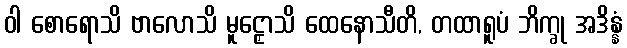
ဝါ စောရောသိ ဗာလောသိ မူဠှောသိ ထေနောသီတိ, တထာရူပံ ဘိက္ခု အဒိန္နံ